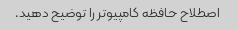
اصطلاح حافظه کامپیوتر را توضیح دهید.